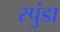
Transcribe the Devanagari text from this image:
स्पुंडा